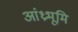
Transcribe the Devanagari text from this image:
आंध्रभूमि